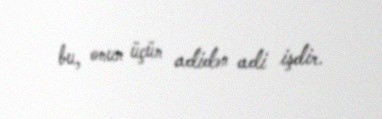
bu, onun üçün adidən adi işdir.